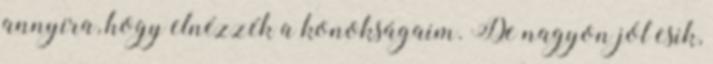
annyira, hogy elnézzék a konokságaim. De nagyon jól esik,